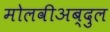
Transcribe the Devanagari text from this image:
मोलवीअब्दुल